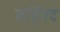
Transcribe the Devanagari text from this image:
बहिरट